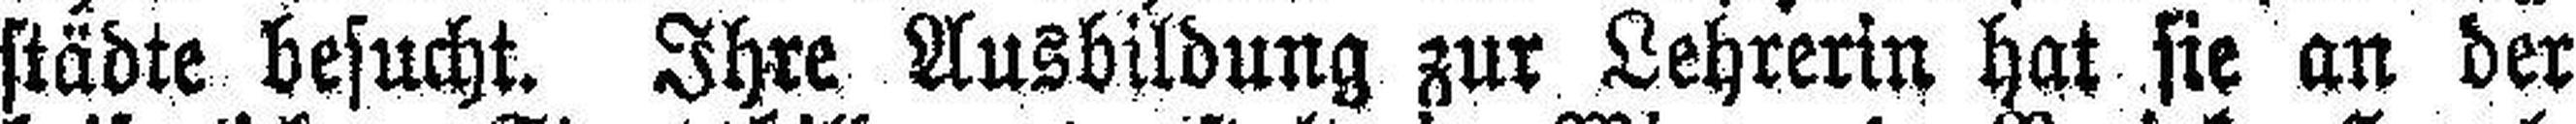
städte besucht. Ihre Ausbildung zur Lehrerin hat sie an der